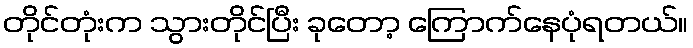
တိုင်တုံးက သွားတိုင်ပြီး ခုတော့ ကြောက်နေပုံရတယ်။